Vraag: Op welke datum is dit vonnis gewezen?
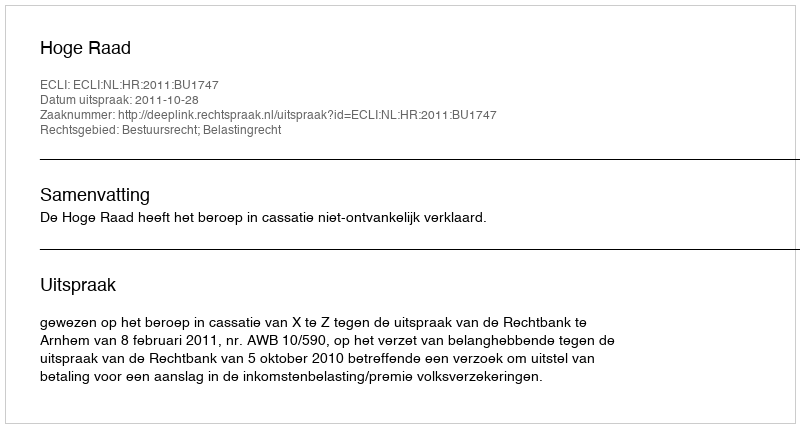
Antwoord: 2011-10-28